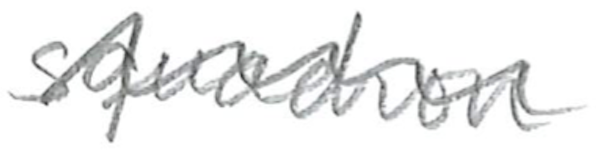
Text: squadron
Cross-out: wave
Writing tool: pencil